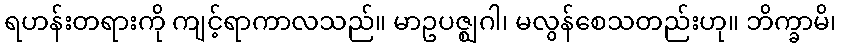
ရဟန်းတရားကို ကျင့်ရာကာလသည်။ မာဥပဇ္ဈဂါ၊ မလွန်စေသတည်းဟု။ ဘိက္ခာမိ၊